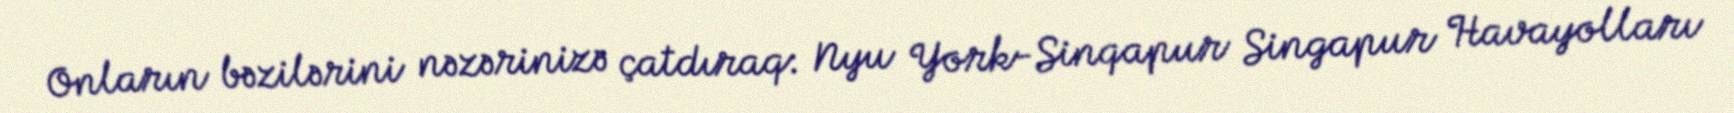
Onların bəzilərini nəzərinizə çatdıraq: Nyu York-Sinqapur Singapur Havayolları